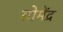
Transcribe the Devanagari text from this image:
सोमेंद्र